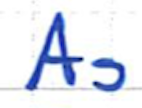
Text: As
Cross-out: clean
Writing tool: ballpoint